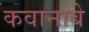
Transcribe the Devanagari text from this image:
कवानाबे